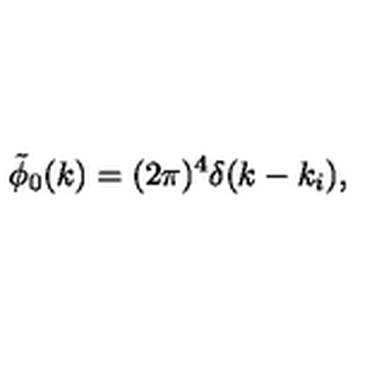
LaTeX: \tilde { \phi } _ { 0 } ( k ) = ( 2 \pi ) ^ { 4 } \delta ( k - k _ { i } ) ,